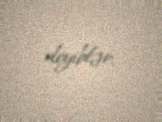
deyiblər.